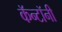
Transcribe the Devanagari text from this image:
कॅन्टॉनी